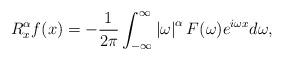
LaTeX: \begin{align*}R_{x}^{\alpha}f(x)=-\frac{1}{2\pi}\int_{-\infty}^{\infty}\left\vert\omega\right\vert ^{\alpha}F(\omega)e^{i\omega x}d\omega,\end{align*}